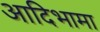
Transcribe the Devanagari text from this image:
आदिभामा